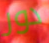
دور